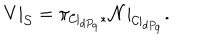
LaTeX: V | _ { { \cal S } } = \pi _ { { \cal C } | _ { d P _ { 9 } } * } { \cal N } | _ { { \cal { C } } | _ { d P _ { 9 } } } .